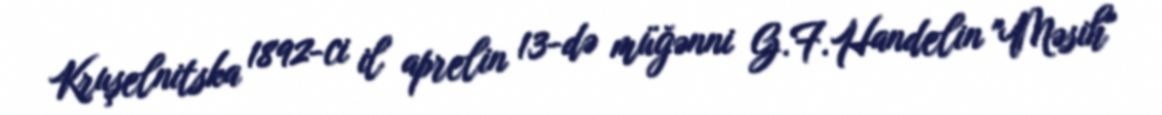
Kruşelnitska 1892-ci il aprelin 13-də müğənni G.F.Handelin "Məsih"